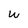
Character: w